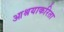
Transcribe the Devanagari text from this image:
आश्रयाकरिता